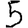
Digit: 5